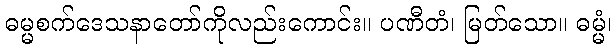
ဓမ္မစက်ဒေသနာတော်ကိုလည်းကောင်း။ ပဏီတံ၊ မြတ်သော။ ဓမ္မံ၊